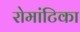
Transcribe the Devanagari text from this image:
रोमांटिका